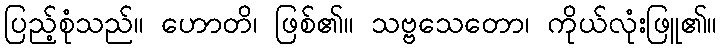
ပြည့်စုံသည်။ ဟောတိ၊ ဖြစ်၏။ သဗ္ဗသေတော၊ ကိုယ်လုံးဖြူ၏။